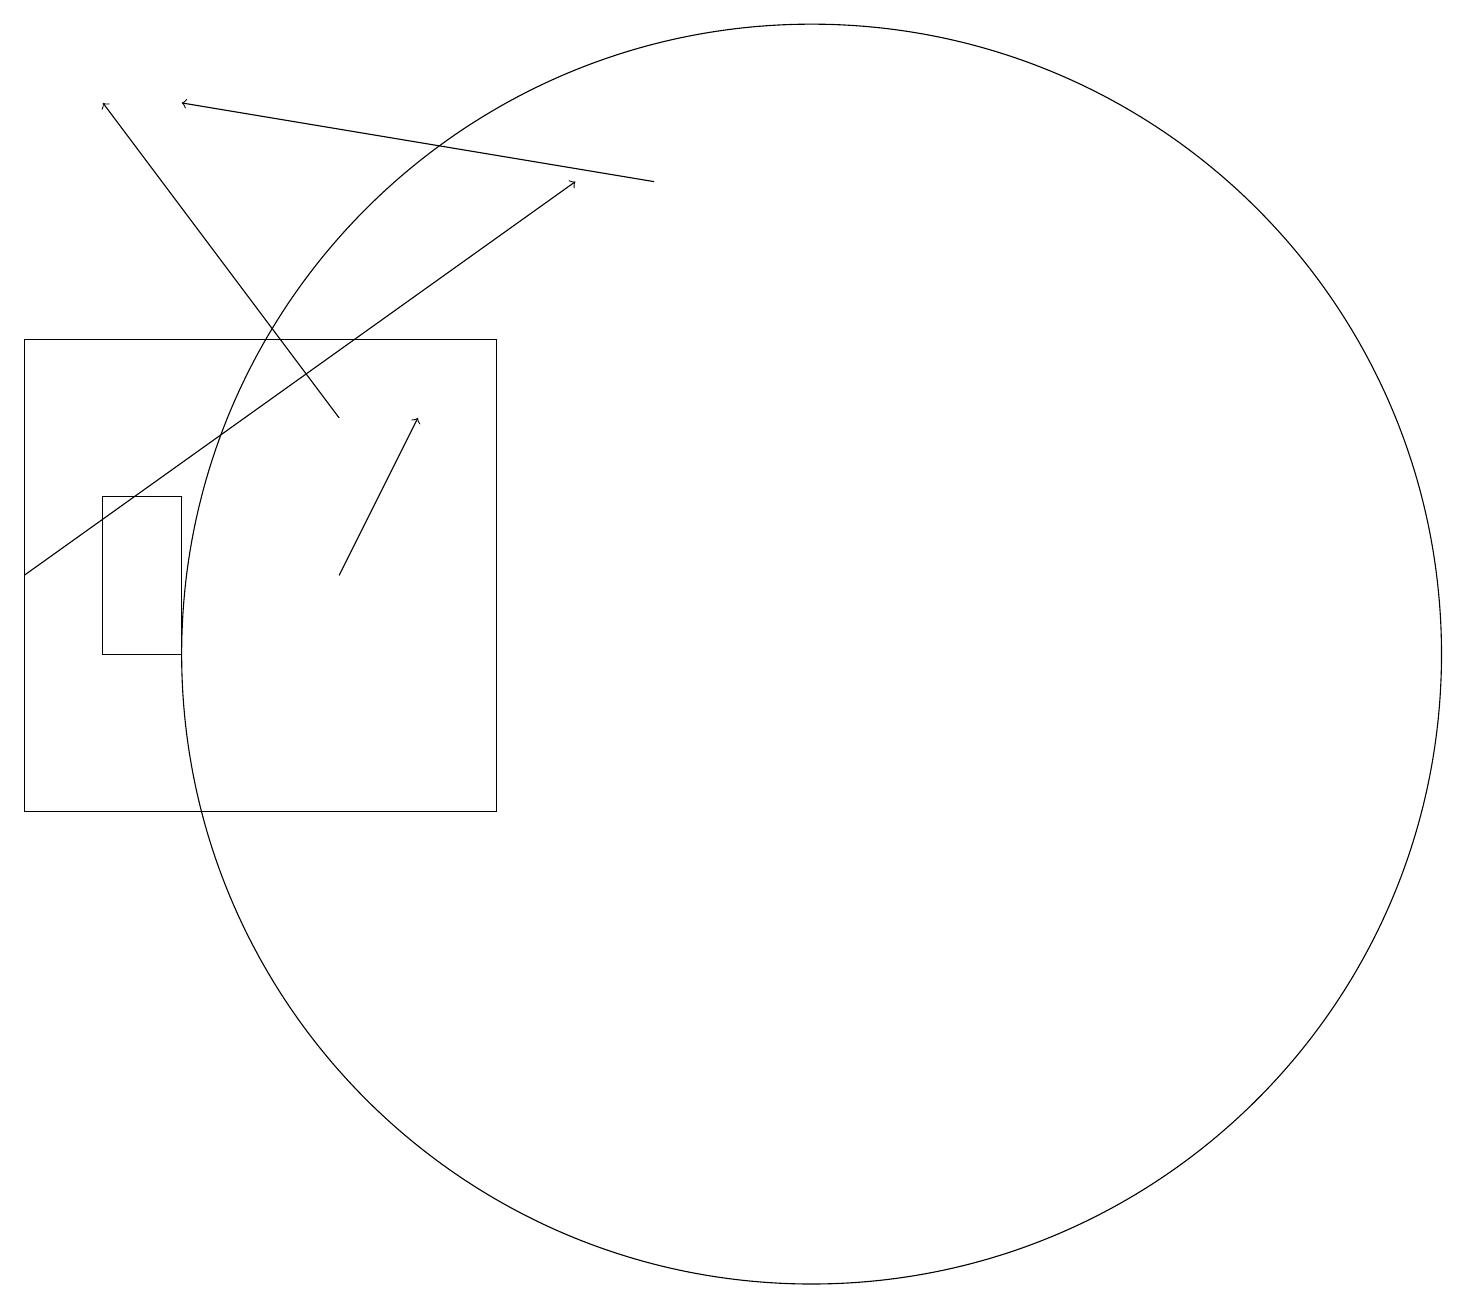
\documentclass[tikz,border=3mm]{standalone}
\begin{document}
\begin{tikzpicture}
\draw[->] (4,15) -- (1,19);
\draw[->] (4,13) -- (5,15);
\draw[->] (0,13) -- (7,18);
\draw (0,16) rectangle (6,10);
\draw (2,12) rectangle (1,14);
\draw (10,12) circle (8);
\draw[->] (8,18) -- (2,19);
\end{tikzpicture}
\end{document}